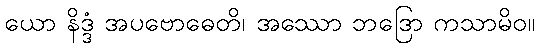
ယော နိဒ္ဒံ အပဗောဓေတိ၊ အဿော ဘဒြော ကသာမိဝ။